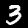
Digit: 3